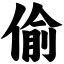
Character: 偷